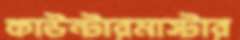
কাউন্টারমাস্টার